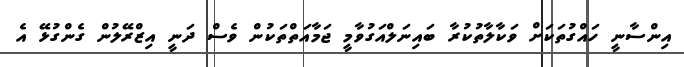
އިންސާނީ ހައްގުތަަކަށް ވަކާލާތުކުރާ ބައިނަލްއަގުވާމީ ޖަމާއަތްތަކުން ވެސް ދަނީ އިޒްރޭލުން ގެންގުޅޭ އެ